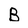
Character: B